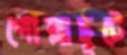
গোল্লাছুটে